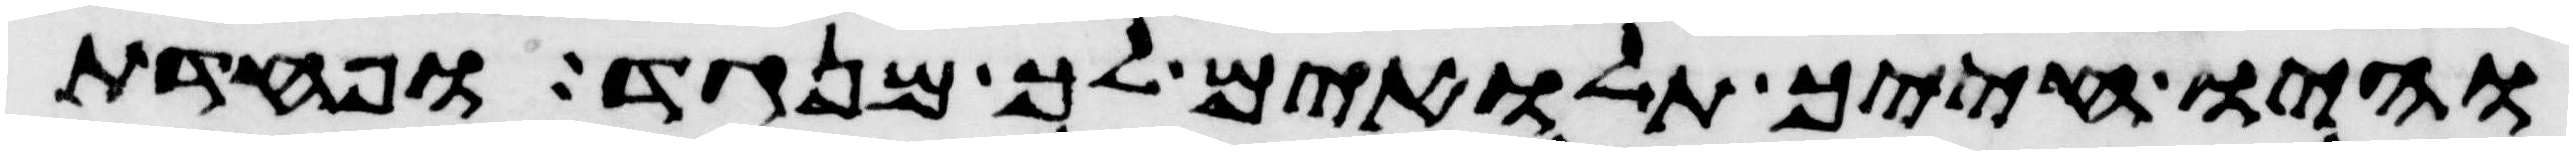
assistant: והיו חייך תלאים לך מנגד ופחדת